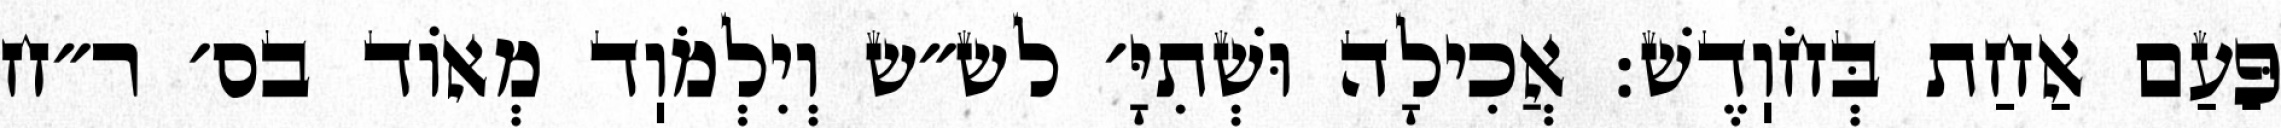
פַּעַם אַחַת בְּחֹוֽדֶשׁ: אֲכִילָה וּשְׁתִיָּ׳ לש״ש וְיִלְמֹוֽד מְאוֹד בס׳ ר״ח